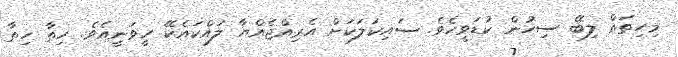
މިހިތައް ލިބޭ ސިހުން ކުޑަވީހެވެ. ސައިކަލަކަށް އެރިއްޖެއްޔާ ލައްކައެކޭ ހީވަނީއެވެ. ހިތާ ހިތާ